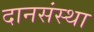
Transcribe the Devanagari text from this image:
दानसंस्था